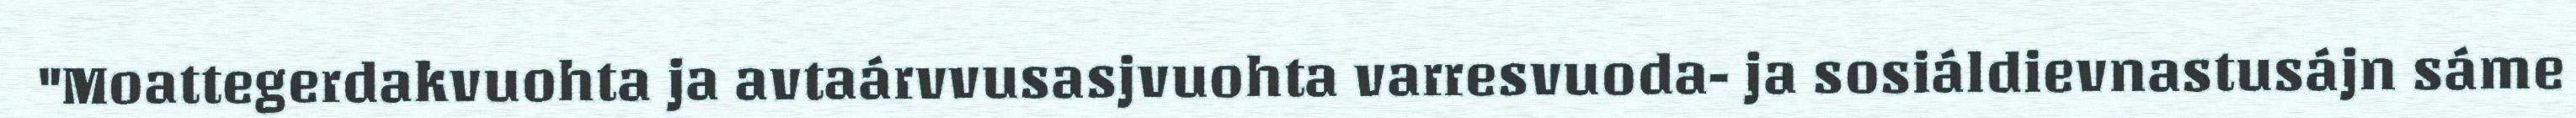
"Moattegerdakvuohta ja avtaárvvusasjvuohta varresvuoda- ja sosiáldievnastusájn sáme